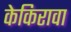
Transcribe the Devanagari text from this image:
केकिरावा